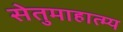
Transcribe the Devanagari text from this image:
सेतुमाहात्म्य